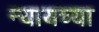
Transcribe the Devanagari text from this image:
न्यायच्या